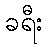
ခရီး